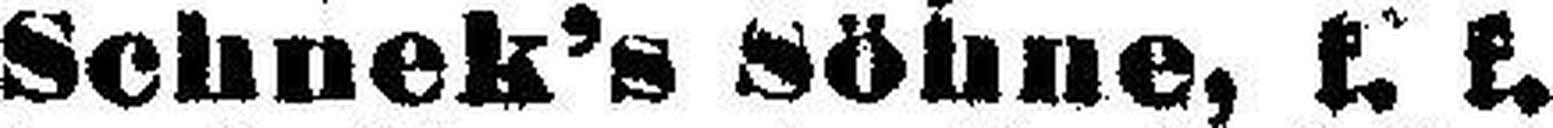
Schnek's Söhne, k. k.